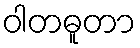
ဝါတဓူတာ